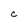
Character: c